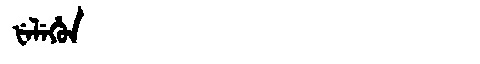
Manchu: ᡶᡝᠯᡝᡥᡠᠨ
Romanization: FELEHUN